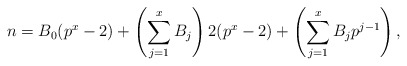
\begin{align*}n = B_0 (p^x-2) + \left(\sum_{j=1}^x B_j \right) 2(p^x-2) + \left(\sum_{j=1}^x B_j p^{j-1}\right),\end{align*}